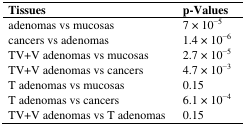
<table><thead><tr><td><b>Tissues</b></td><td><b>p-Values</b></td></tr></thead><tbody><tr><td>adenomas vs mucosas</td><td>7 × 10<sup>−5</sup></td></tr><tr><td>cancers vs adenomas</td><td>1.4 × 10<sup>−6</sup></td></tr><tr><td>TV+V adenomas vs mucosas</td><td>2.7 × 10<sup>−5</sup></td></tr><tr><td>TV+V adenomas vs cancers</td><td>4.7 × 10<sup>−3</sup></td></tr><tr><td>T adenomas vs mucosas</td><td>0.15</td></tr><tr><td>T adenomas vs cancers</td><td>6.1 × 10<sup>−4</sup></td></tr><tr><td>TV+V adenomas vs T adenomas</td><td>0.15</td></tr></tbody></table>